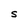
Character: S